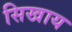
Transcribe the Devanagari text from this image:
सिखाय